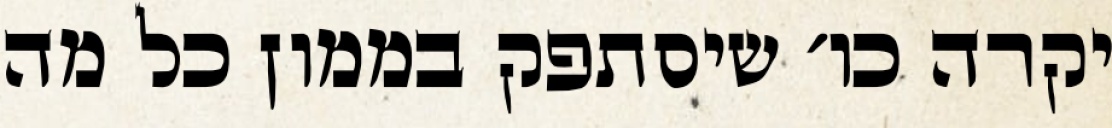
יקרה כו׳ שיסתפק בממון כל מה